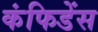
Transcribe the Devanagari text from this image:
कंफिडेंस